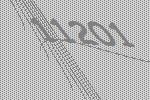
11201